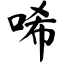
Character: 唏